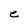
Character: e